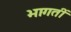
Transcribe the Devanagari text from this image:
भागतीं